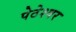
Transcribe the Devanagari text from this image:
पेठेश्वर